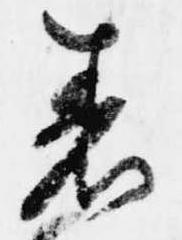
着